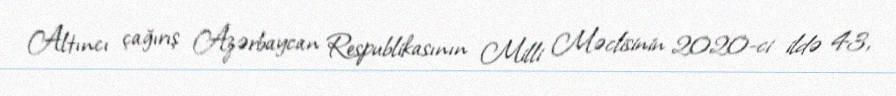
Altıncı çağırış Azərbaycan Respublikasının Milli Məclisinin 2020-ci ildə 43,